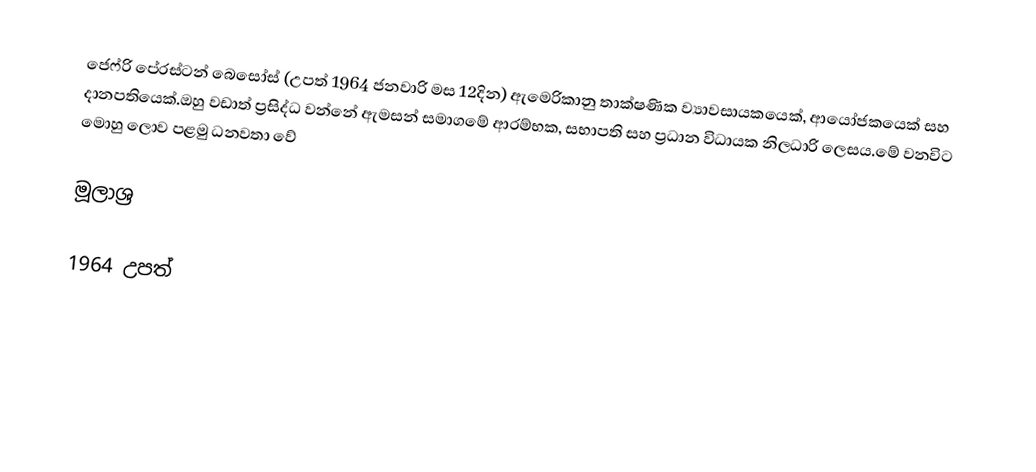
ජෙෆ්රි පේ‍රස්ටන් බෙසෝස් (උපත් 1964 ජනවාරි මස 12දින) ඇමෙරිකානු තාක්ෂණික ව්‍යාවසායකයෙක්, ආයෝජකයෙක් සහ දානපතියෙක්.ඔහු වඩාත් ප්‍රසිද්ධ වන්නේ ඇමසන් සමාගමේ ආරම්භක, සභාපති සහ ප්‍රධාන විධායක නිලධාරි ලෙසය.මේ වනවිට මොහු ලොව පළමු ධනවතා වේ

මූලාශ්‍ර

1964 උපත්